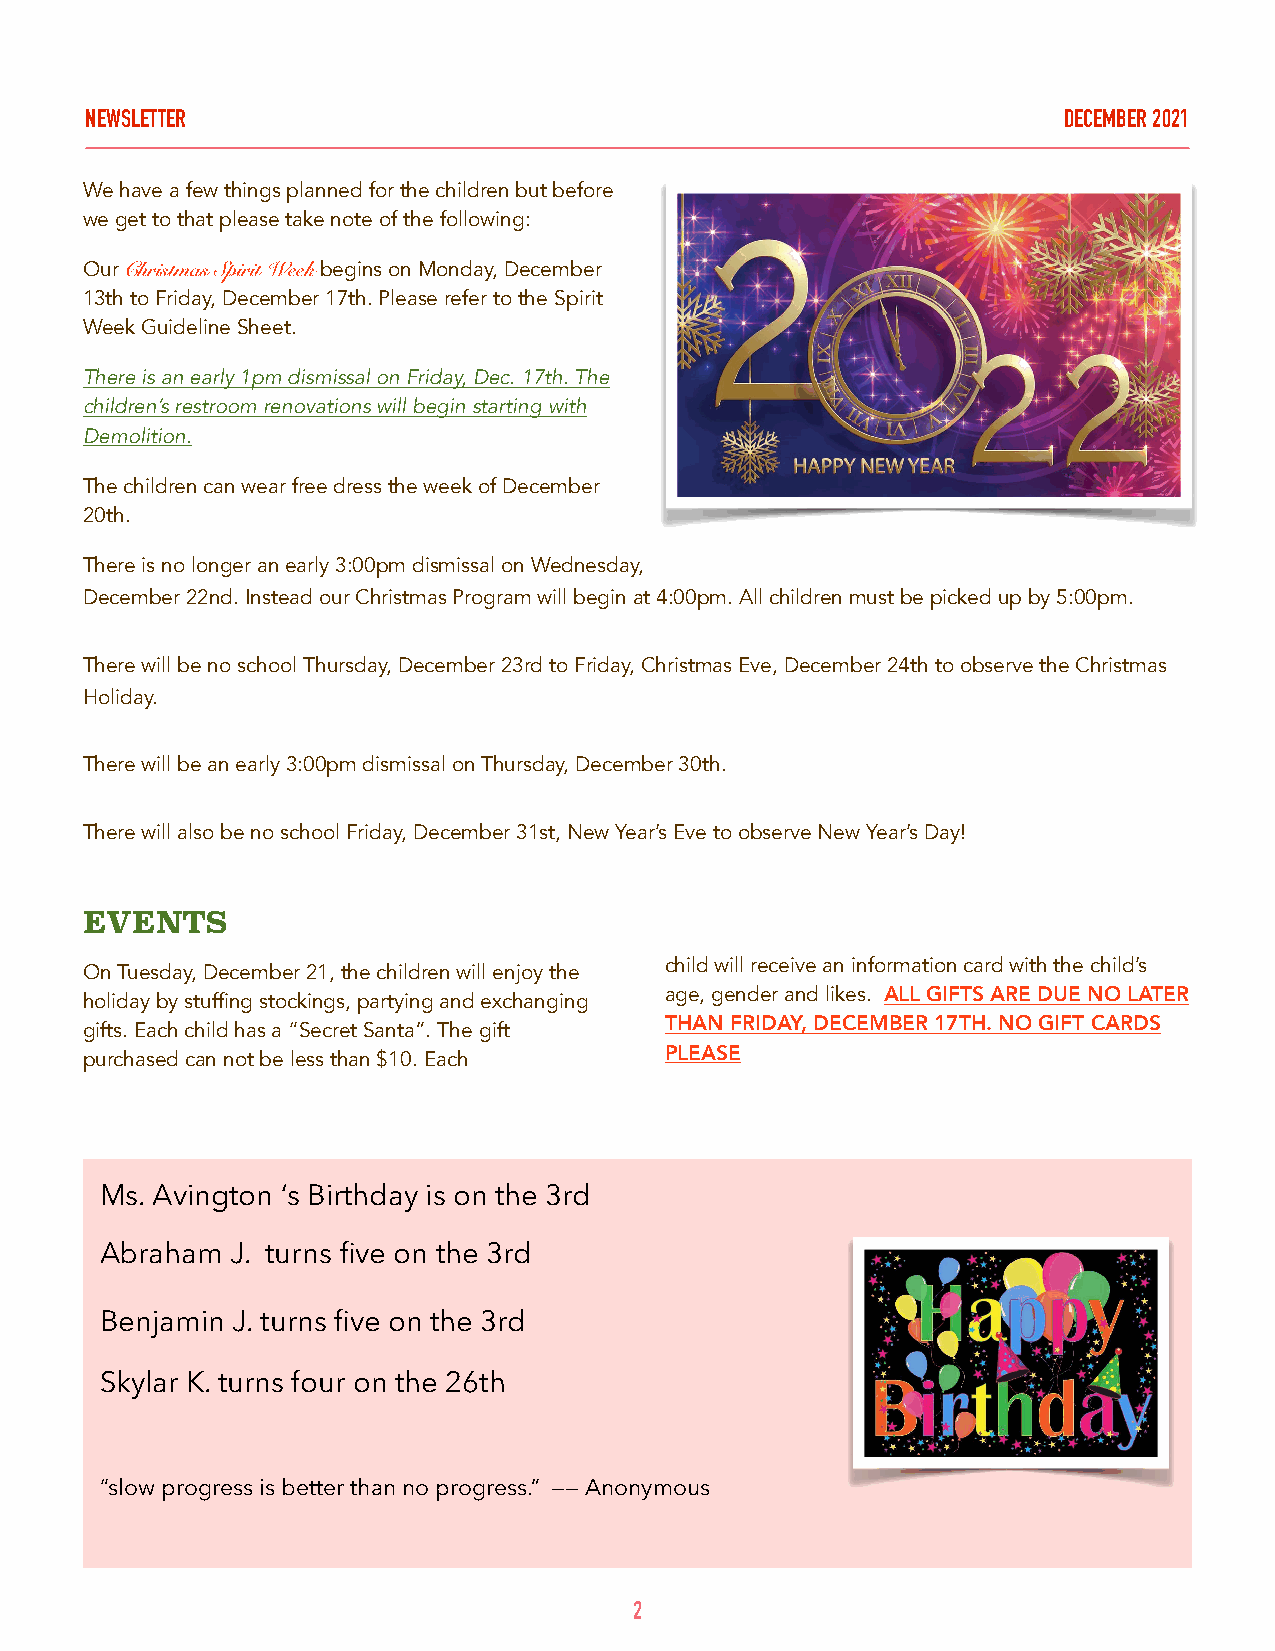
NEWSLETTER                                                      DECEMBER 2021
 We have a few things planned for the children but before
 we get to that please take note of the following:
 Our Christmas Spirit Week begins on Monday, December
 13th to Friday, December 17th. Please refer to the Spirit
 Week Guideline Sheet.
 There is an early 1pm dismissal on Friday, Dec. 17th. The
 children’s restroom renovations will begin starting with
 Demolition.
 The children can wear free dress the week of December
 20th.
 There is no longer an early 3:00pm dismissal on Wednesday,
 December 22nd. Instead our Christmas Program will begin at 4:00pm. All children must be picked up by 5:00pm.
 There will be no school Thursday, December 23rd to Friday, Christmas Eve, December 24th to observe the Christmas
 Holiday.
 There will be an early 3:00pm dismissal on Thursday, December 30th.
 There will also be no school Friday, December 31st, New Year’s Eve to observe New Year’s Day!
 EVENTS
 child will receive an information card with the child’s
 On Tuesday, December 21, the children will enjoy the
 age, gender and likes. ALL GIFTS ARE DUE NO LATER
 holiday by stuffing stockings, partying and exchanging
 THAN FRIDAY, DECEMBER 17TH. NO GIFT CARDS
 gifts. Each child has a “Secret Santa”. The gift
 PLEASE
 purchased can not be less than $10. Each
 Ms. Avington ‘s Birthday is on the 3rd
 Abraham J. turns five on the 3rd
 Benjamin J. turns five on the 3rd
 Skylar K. turns four on the 26th
 “slow progress is better than no progress.” —— Anonymous
 2